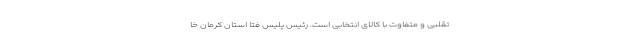
تقلبی و متفاوت با کالای انتخابی است. رئیس پلیس فتا استان کرمان خا